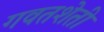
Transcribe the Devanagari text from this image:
गवतशेती